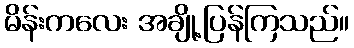
မိန်းကလေး အချို့ပြန်ကြသည်။